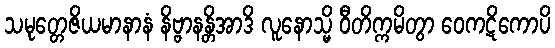
သမုတ္တေဇိယမာနာနံ နိဗ္ဗာနန္တိအာဒိ လူနောသ္မိ ဝီတိက္ကမိတွာ ဝေကဋိကောပိ